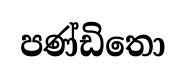
පණ්ඩිතො